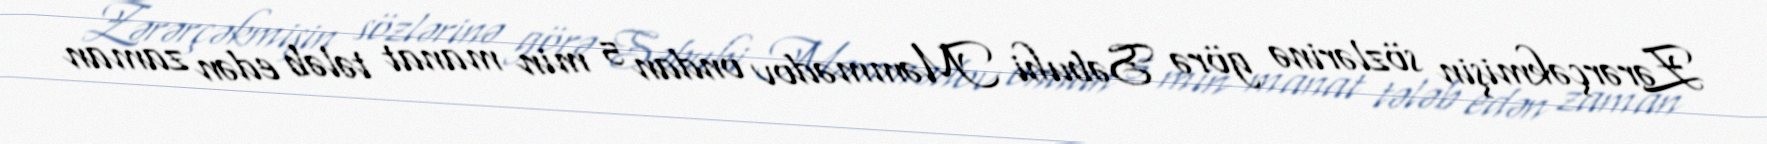
Zərərçəkmişin sözlərinə görə Səbuhi Məmmədov ondan 5 min manat tələb edən zaman